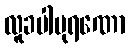
လူခပါပုရဏော